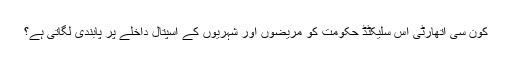
کون سی اتھارٹی اس سلیکٹڈ حکومت کو مریضوں اور شہریوں کے اسپتال داخلے پر پابندی لگاتی ہے؟